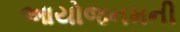
આયોજનમની